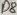
Text: D8